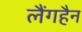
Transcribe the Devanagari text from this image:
लैंगहैन